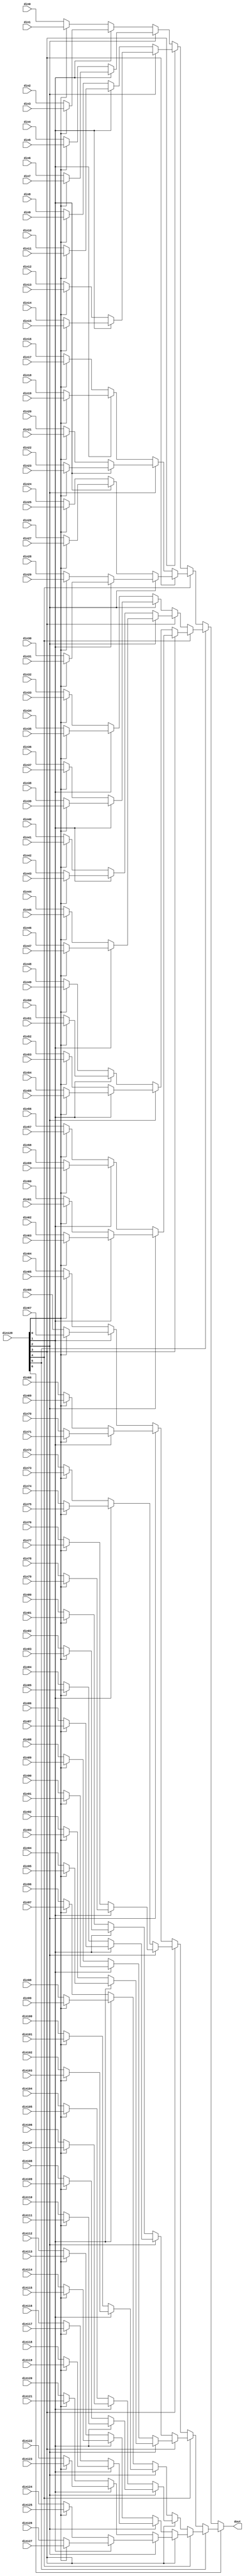
// ==============================================================
// File generated by Vivado(TM) HLS - High-Level Synthesis from C, C++ and SystemC
// Version: 2017.4
// Copyright (C) 1986-2017 Xilinx, Inc. All Rights Reserved.
// 
// ==============================================================


`timescale 1ns/1ps

module mnist_mux_1287_32dEe #(
parameter
    ID                = 0,
    NUM_STAGE         = 1,
    din0_WIDTH       = 32,
    din1_WIDTH       = 32,
    din2_WIDTH       = 32,
    din3_WIDTH       = 32,
    din4_WIDTH       = 32,
    din5_WIDTH       = 32,
    din6_WIDTH       = 32,
    din7_WIDTH       = 32,
    din8_WIDTH       = 32,
    din9_WIDTH       = 32,
    din10_WIDTH       = 32,
    din11_WIDTH       = 32,
    din12_WIDTH       = 32,
    din13_WIDTH       = 32,
    din14_WIDTH       = 32,
    din15_WIDTH       = 32,
    din16_WIDTH       = 32,
    din17_WIDTH       = 32,
    din18_WIDTH       = 32,
    din19_WIDTH       = 32,
    din20_WIDTH       = 32,
    din21_WIDTH       = 32,
    din22_WIDTH       = 32,
    din23_WIDTH       = 32,
    din24_WIDTH       = 32,
    din25_WIDTH       = 32,
    din26_WIDTH       = 32,
    din27_WIDTH       = 32,
    din28_WIDTH       = 32,
    din29_WIDTH       = 32,
    din30_WIDTH       = 32,
    din31_WIDTH       = 32,
    din32_WIDTH       = 32,
    din33_WIDTH       = 32,
    din34_WIDTH       = 32,
    din35_WIDTH       = 32,
    din36_WIDTH       = 32,
    din37_WIDTH       = 32,
    din38_WIDTH       = 32,
    din39_WIDTH       = 32,
    din40_WIDTH       = 32,
    din41_WIDTH       = 32,
    din42_WIDTH       = 32,
    din43_WIDTH       = 32,
    din44_WIDTH       = 32,
    din45_WIDTH       = 32,
    din46_WIDTH       = 32,
    din47_WIDTH       = 32,
    din48_WIDTH       = 32,
    din49_WIDTH       = 32,
    din50_WIDTH       = 32,
    din51_WIDTH       = 32,
    din52_WIDTH       = 32,
    din53_WIDTH       = 32,
    din54_WIDTH       = 32,
    din55_WIDTH       = 32,
    din56_WIDTH       = 32,
    din57_WIDTH       = 32,
    din58_WIDTH       = 32,
    din59_WIDTH       = 32,
    din60_WIDTH       = 32,
    din61_WIDTH       = 32,
    din62_WIDTH       = 32,
    din63_WIDTH       = 32,
    din64_WIDTH       = 32,
    din65_WIDTH       = 32,
    din66_WIDTH       = 32,
    din67_WIDTH       = 32,
    din68_WIDTH       = 32,
    din69_WIDTH       = 32,
    din70_WIDTH       = 32,
    din71_WIDTH       = 32,
    din72_WIDTH       = 32,
    din73_WIDTH       = 32,
    din74_WIDTH       = 32,
    din75_WIDTH       = 32,
    din76_WIDTH       = 32,
    din77_WIDTH       = 32,
    din78_WIDTH       = 32,
    din79_WIDTH       = 32,
    din80_WIDTH       = 32,
    din81_WIDTH       = 32,
    din82_WIDTH       = 32,
    din83_WIDTH       = 32,
    din84_WIDTH       = 32,
    din85_WIDTH       = 32,
    din86_WIDTH       = 32,
    din87_WIDTH       = 32,
    din88_WIDTH       = 32,
    din89_WIDTH       = 32,
    din90_WIDTH       = 32,
    din91_WIDTH       = 32,
    din92_WIDTH       = 32,
    din93_WIDTH       = 32,
    din94_WIDTH       = 32,
    din95_WIDTH       = 32,
    din96_WIDTH       = 32,
    din97_WIDTH       = 32,
    din98_WIDTH       = 32,
    din99_WIDTH       = 32,
    din100_WIDTH       = 32,
    din101_WIDTH       = 32,
    din102_WIDTH       = 32,
    din103_WIDTH       = 32,
    din104_WIDTH       = 32,
    din105_WIDTH       = 32,
    din106_WIDTH       = 32,
    din107_WIDTH       = 32,
    din108_WIDTH       = 32,
    din109_WIDTH       = 32,
    din110_WIDTH       = 32,
    din111_WIDTH       = 32,
    din112_WIDTH       = 32,
    din113_WIDTH       = 32,
    din114_WIDTH       = 32,
    din115_WIDTH       = 32,
    din116_WIDTH       = 32,
    din117_WIDTH       = 32,
    din118_WIDTH       = 32,
    din119_WIDTH       = 32,
    din120_WIDTH       = 32,
    din121_WIDTH       = 32,
    din122_WIDTH       = 32,
    din123_WIDTH       = 32,
    din124_WIDTH       = 32,
    din125_WIDTH       = 32,
    din126_WIDTH       = 32,
    din127_WIDTH       = 32,
    din128_WIDTH         = 32,
    dout_WIDTH            = 32
)(
    input  [31 : 0]     din0,
    input  [31 : 0]     din1,
    input  [31 : 0]     din2,
    input  [31 : 0]     din3,
    input  [31 : 0]     din4,
    input  [31 : 0]     din5,
    input  [31 : 0]     din6,
    input  [31 : 0]     din7,
    input  [31 : 0]     din8,
    input  [31 : 0]     din9,
    input  [31 : 0]     din10,
    input  [31 : 0]     din11,
    input  [31 : 0]     din12,
    input  [31 : 0]     din13,
    input  [31 : 0]     din14,
    input  [31 : 0]     din15,
    input  [31 : 0]     din16,
    input  [31 : 0]     din17,
    input  [31 : 0]     din18,
    input  [31 : 0]     din19,
    input  [31 : 0]     din20,
    input  [31 : 0]     din21,
    input  [31 : 0]     din22,
    input  [31 : 0]     din23,
    input  [31 : 0]     din24,
    input  [31 : 0]     din25,
    input  [31 : 0]     din26,
    input  [31 : 0]     din27,
    input  [31 : 0]     din28,
    input  [31 : 0]     din29,
    input  [31 : 0]     din30,
    input  [31 : 0]     din31,
    input  [31 : 0]     din32,
    input  [31 : 0]     din33,
    input  [31 : 0]     din34,
    input  [31 : 0]     din35,
    input  [31 : 0]     din36,
    input  [31 : 0]     din37,
    input  [31 : 0]     din38,
    input  [31 : 0]     din39,
    input  [31 : 0]     din40,
    input  [31 : 0]     din41,
    input  [31 : 0]     din42,
    input  [31 : 0]     din43,
    input  [31 : 0]     din44,
    input  [31 : 0]     din45,
    input  [31 : 0]     din46,
    input  [31 : 0]     din47,
    input  [31 : 0]     din48,
    input  [31 : 0]     din49,
    input  [31 : 0]     din50,
    input  [31 : 0]     din51,
    input  [31 : 0]     din52,
    input  [31 : 0]     din53,
    input  [31 : 0]     din54,
    input  [31 : 0]     din55,
    input  [31 : 0]     din56,
    input  [31 : 0]     din57,
    input  [31 : 0]     din58,
    input  [31 : 0]     din59,
    input  [31 : 0]     din60,
    input  [31 : 0]     din61,
    input  [31 : 0]     din62,
    input  [31 : 0]     din63,
    input  [31 : 0]     din64,
    input  [31 : 0]     din65,
    input  [31 : 0]     din66,
    input  [31 : 0]     din67,
    input  [31 : 0]     din68,
    input  [31 : 0]     din69,
    input  [31 : 0]     din70,
    input  [31 : 0]     din71,
    input  [31 : 0]     din72,
    input  [31 : 0]     din73,
    input  [31 : 0]     din74,
    input  [31 : 0]     din75,
    input  [31 : 0]     din76,
    input  [31 : 0]     din77,
    input  [31 : 0]     din78,
    input  [31 : 0]     din79,
    input  [31 : 0]     din80,
    input  [31 : 0]     din81,
    input  [31 : 0]     din82,
    input  [31 : 0]     din83,
    input  [31 : 0]     din84,
    input  [31 : 0]     din85,
    input  [31 : 0]     din86,
    input  [31 : 0]     din87,
    input  [31 : 0]     din88,
    input  [31 : 0]     din89,
    input  [31 : 0]     din90,
    input  [31 : 0]     din91,
    input  [31 : 0]     din92,
    input  [31 : 0]     din93,
    input  [31 : 0]     din94,
    input  [31 : 0]     din95,
    input  [31 : 0]     din96,
    input  [31 : 0]     din97,
    input  [31 : 0]     din98,
    input  [31 : 0]     din99,
    input  [31 : 0]     din100,
    input  [31 : 0]     din101,
    input  [31 : 0]     din102,
    input  [31 : 0]     din103,
    input  [31 : 0]     din104,
    input  [31 : 0]     din105,
    input  [31 : 0]     din106,
    input  [31 : 0]     din107,
    input  [31 : 0]     din108,
    input  [31 : 0]     din109,
    input  [31 : 0]     din110,
    input  [31 : 0]     din111,
    input  [31 : 0]     din112,
    input  [31 : 0]     din113,
    input  [31 : 0]     din114,
    input  [31 : 0]     din115,
    input  [31 : 0]     din116,
    input  [31 : 0]     din117,
    input  [31 : 0]     din118,
    input  [31 : 0]     din119,
    input  [31 : 0]     din120,
    input  [31 : 0]     din121,
    input  [31 : 0]     din122,
    input  [31 : 0]     din123,
    input  [31 : 0]     din124,
    input  [31 : 0]     din125,
    input  [31 : 0]     din126,
    input  [31 : 0]     din127,
    input  [6 : 0]    din128,
    output [31 : 0]   dout);

// puts internal signals
wire [6 : 0]     sel;
// level 1 signals
wire [31 : 0]         mux_1_0;
wire [31 : 0]         mux_1_1;
wire [31 : 0]         mux_1_2;
wire [31 : 0]         mux_1_3;
wire [31 : 0]         mux_1_4;
wire [31 : 0]         mux_1_5;
wire [31 : 0]         mux_1_6;
wire [31 : 0]         mux_1_7;
wire [31 : 0]         mux_1_8;
wire [31 : 0]         mux_1_9;
wire [31 : 0]         mux_1_10;
wire [31 : 0]         mux_1_11;
wire [31 : 0]         mux_1_12;
wire [31 : 0]         mux_1_13;
wire [31 : 0]         mux_1_14;
wire [31 : 0]         mux_1_15;
wire [31 : 0]         mux_1_16;
wire [31 : 0]         mux_1_17;
wire [31 : 0]         mux_1_18;
wire [31 : 0]         mux_1_19;
wire [31 : 0]         mux_1_20;
wire [31 : 0]         mux_1_21;
wire [31 : 0]         mux_1_22;
wire [31 : 0]         mux_1_23;
wire [31 : 0]         mux_1_24;
wire [31 : 0]         mux_1_25;
wire [31 : 0]         mux_1_26;
wire [31 : 0]         mux_1_27;
wire [31 : 0]         mux_1_28;
wire [31 : 0]         mux_1_29;
wire [31 : 0]         mux_1_30;
wire [31 : 0]         mux_1_31;
wire [31 : 0]         mux_1_32;
wire [31 : 0]         mux_1_33;
wire [31 : 0]         mux_1_34;
wire [31 : 0]         mux_1_35;
wire [31 : 0]         mux_1_36;
wire [31 : 0]         mux_1_37;
wire [31 : 0]         mux_1_38;
wire [31 : 0]         mux_1_39;
wire [31 : 0]         mux_1_40;
wire [31 : 0]         mux_1_41;
wire [31 : 0]         mux_1_42;
wire [31 : 0]         mux_1_43;
wire [31 : 0]         mux_1_44;
wire [31 : 0]         mux_1_45;
wire [31 : 0]         mux_1_46;
wire [31 : 0]         mux_1_47;
wire [31 : 0]         mux_1_48;
wire [31 : 0]         mux_1_49;
wire [31 : 0]         mux_1_50;
wire [31 : 0]         mux_1_51;
wire [31 : 0]         mux_1_52;
wire [31 : 0]         mux_1_53;
wire [31 : 0]         mux_1_54;
wire [31 : 0]         mux_1_55;
wire [31 : 0]         mux_1_56;
wire [31 : 0]         mux_1_57;
wire [31 : 0]         mux_1_58;
wire [31 : 0]         mux_1_59;
wire [31 : 0]         mux_1_60;
wire [31 : 0]         mux_1_61;
wire [31 : 0]         mux_1_62;
wire [31 : 0]         mux_1_63;
// level 2 signals
wire [31 : 0]         mux_2_0;
wire [31 : 0]         mux_2_1;
wire [31 : 0]         mux_2_2;
wire [31 : 0]         mux_2_3;
wire [31 : 0]         mux_2_4;
wire [31 : 0]         mux_2_5;
wire [31 : 0]         mux_2_6;
wire [31 : 0]         mux_2_7;
wire [31 : 0]         mux_2_8;
wire [31 : 0]         mux_2_9;
wire [31 : 0]         mux_2_10;
wire [31 : 0]         mux_2_11;
wire [31 : 0]         mux_2_12;
wire [31 : 0]         mux_2_13;
wire [31 : 0]         mux_2_14;
wire [31 : 0]         mux_2_15;
wire [31 : 0]         mux_2_16;
wire [31 : 0]         mux_2_17;
wire [31 : 0]         mux_2_18;
wire [31 : 0]         mux_2_19;
wire [31 : 0]         mux_2_20;
wire [31 : 0]         mux_2_21;
wire [31 : 0]         mux_2_22;
wire [31 : 0]         mux_2_23;
wire [31 : 0]         mux_2_24;
wire [31 : 0]         mux_2_25;
wire [31 : 0]         mux_2_26;
wire [31 : 0]         mux_2_27;
wire [31 : 0]         mux_2_28;
wire [31 : 0]         mux_2_29;
wire [31 : 0]         mux_2_30;
wire [31 : 0]         mux_2_31;
// level 3 signals
wire [31 : 0]         mux_3_0;
wire [31 : 0]         mux_3_1;
wire [31 : 0]         mux_3_2;
wire [31 : 0]         mux_3_3;
wire [31 : 0]         mux_3_4;
wire [31 : 0]         mux_3_5;
wire [31 : 0]         mux_3_6;
wire [31 : 0]         mux_3_7;
wire [31 : 0]         mux_3_8;
wire [31 : 0]         mux_3_9;
wire [31 : 0]         mux_3_10;
wire [31 : 0]         mux_3_11;
wire [31 : 0]         mux_3_12;
wire [31 : 0]         mux_3_13;
wire [31 : 0]         mux_3_14;
wire [31 : 0]         mux_3_15;
// level 4 signals
wire [31 : 0]         mux_4_0;
wire [31 : 0]         mux_4_1;
wire [31 : 0]         mux_4_2;
wire [31 : 0]         mux_4_3;
wire [31 : 0]         mux_4_4;
wire [31 : 0]         mux_4_5;
wire [31 : 0]         mux_4_6;
wire [31 : 0]         mux_4_7;
// level 5 signals
wire [31 : 0]         mux_5_0;
wire [31 : 0]         mux_5_1;
wire [31 : 0]         mux_5_2;
wire [31 : 0]         mux_5_3;
// level 6 signals
wire [31 : 0]         mux_6_0;
wire [31 : 0]         mux_6_1;
// level 7 signals
wire [31 : 0]         mux_7_0;

assign sel = din128;

// Generate level 1 logic
assign mux_1_0 = (sel[0] == 0)? din0 : din1;
assign mux_1_1 = (sel[0] == 0)? din2 : din3;
assign mux_1_2 = (sel[0] == 0)? din4 : din5;
assign mux_1_3 = (sel[0] == 0)? din6 : din7;
assign mux_1_4 = (sel[0] == 0)? din8 : din9;
assign mux_1_5 = (sel[0] == 0)? din10 : din11;
assign mux_1_6 = (sel[0] == 0)? din12 : din13;
assign mux_1_7 = (sel[0] == 0)? din14 : din15;
assign mux_1_8 = (sel[0] == 0)? din16 : din17;
assign mux_1_9 = (sel[0] == 0)? din18 : din19;
assign mux_1_10 = (sel[0] == 0)? din20 : din21;
assign mux_1_11 = (sel[0] == 0)? din22 : din23;
assign mux_1_12 = (sel[0] == 0)? din24 : din25;
assign mux_1_13 = (sel[0] == 0)? din26 : din27;
assign mux_1_14 = (sel[0] == 0)? din28 : din29;
assign mux_1_15 = (sel[0] == 0)? din30 : din31;
assign mux_1_16 = (sel[0] == 0)? din32 : din33;
assign mux_1_17 = (sel[0] == 0)? din34 : din35;
assign mux_1_18 = (sel[0] == 0)? din36 : din37;
assign mux_1_19 = (sel[0] == 0)? din38 : din39;
assign mux_1_20 = (sel[0] == 0)? din40 : din41;
assign mux_1_21 = (sel[0] == 0)? din42 : din43;
assign mux_1_22 = (sel[0] == 0)? din44 : din45;
assign mux_1_23 = (sel[0] == 0)? din46 : din47;
assign mux_1_24 = (sel[0] == 0)? din48 : din49;
assign mux_1_25 = (sel[0] == 0)? din50 : din51;
assign mux_1_26 = (sel[0] == 0)? din52 : din53;
assign mux_1_27 = (sel[0] == 0)? din54 : din55;
assign mux_1_28 = (sel[0] == 0)? din56 : din57;
assign mux_1_29 = (sel[0] == 0)? din58 : din59;
assign mux_1_30 = (sel[0] == 0)? din60 : din61;
assign mux_1_31 = (sel[0] == 0)? din62 : din63;
assign mux_1_32 = (sel[0] == 0)? din64 : din65;
assign mux_1_33 = (sel[0] == 0)? din66 : din67;
assign mux_1_34 = (sel[0] == 0)? din68 : din69;
assign mux_1_35 = (sel[0] == 0)? din70 : din71;
assign mux_1_36 = (sel[0] == 0)? din72 : din73;
assign mux_1_37 = (sel[0] == 0)? din74 : din75;
assign mux_1_38 = (sel[0] == 0)? din76 : din77;
assign mux_1_39 = (sel[0] == 0)? din78 : din79;
assign mux_1_40 = (sel[0] == 0)? din80 : din81;
assign mux_1_41 = (sel[0] == 0)? din82 : din83;
assign mux_1_42 = (sel[0] == 0)? din84 : din85;
assign mux_1_43 = (sel[0] == 0)? din86 : din87;
assign mux_1_44 = (sel[0] == 0)? din88 : din89;
assign mux_1_45 = (sel[0] == 0)? din90 : din91;
assign mux_1_46 = (sel[0] == 0)? din92 : din93;
assign mux_1_47 = (sel[0] == 0)? din94 : din95;
assign mux_1_48 = (sel[0] == 0)? din96 : din97;
assign mux_1_49 = (sel[0] == 0)? din98 : din99;
assign mux_1_50 = (sel[0] == 0)? din100 : din101;
assign mux_1_51 = (sel[0] == 0)? din102 : din103;
assign mux_1_52 = (sel[0] == 0)? din104 : din105;
assign mux_1_53 = (sel[0] == 0)? din106 : din107;
assign mux_1_54 = (sel[0] == 0)? din108 : din109;
assign mux_1_55 = (sel[0] == 0)? din110 : din111;
assign mux_1_56 = (sel[0] == 0)? din112 : din113;
assign mux_1_57 = (sel[0] == 0)? din114 : din115;
assign mux_1_58 = (sel[0] == 0)? din116 : din117;
assign mux_1_59 = (sel[0] == 0)? din118 : din119;
assign mux_1_60 = (sel[0] == 0)? din120 : din121;
assign mux_1_61 = (sel[0] == 0)? din122 : din123;
assign mux_1_62 = (sel[0] == 0)? din124 : din125;
assign mux_1_63 = (sel[0] == 0)? din126 : din127;

// Generate level 2 logic
assign mux_2_0 = (sel[1] == 0)? mux_1_0 : mux_1_1;
assign mux_2_1 = (sel[1] == 0)? mux_1_2 : mux_1_3;
assign mux_2_2 = (sel[1] == 0)? mux_1_4 : mux_1_5;
assign mux_2_3 = (sel[1] == 0)? mux_1_6 : mux_1_7;
assign mux_2_4 = (sel[1] == 0)? mux_1_8 : mux_1_9;
assign mux_2_5 = (sel[1] == 0)? mux_1_10 : mux_1_11;
assign mux_2_6 = (sel[1] == 0)? mux_1_12 : mux_1_13;
assign mux_2_7 = (sel[1] == 0)? mux_1_14 : mux_1_15;
assign mux_2_8 = (sel[1] == 0)? mux_1_16 : mux_1_17;
assign mux_2_9 = (sel[1] == 0)? mux_1_18 : mux_1_19;
assign mux_2_10 = (sel[1] == 0)? mux_1_20 : mux_1_21;
assign mux_2_11 = (sel[1] == 0)? mux_1_22 : mux_1_23;
assign mux_2_12 = (sel[1] == 0)? mux_1_24 : mux_1_25;
assign mux_2_13 = (sel[1] == 0)? mux_1_26 : mux_1_27;
assign mux_2_14 = (sel[1] == 0)? mux_1_28 : mux_1_29;
assign mux_2_15 = (sel[1] == 0)? mux_1_30 : mux_1_31;
assign mux_2_16 = (sel[1] == 0)? mux_1_32 : mux_1_33;
assign mux_2_17 = (sel[1] == 0)? mux_1_34 : mux_1_35;
assign mux_2_18 = (sel[1] == 0)? mux_1_36 : mux_1_37;
assign mux_2_19 = (sel[1] == 0)? mux_1_38 : mux_1_39;
assign mux_2_20 = (sel[1] == 0)? mux_1_40 : mux_1_41;
assign mux_2_21 = (sel[1] == 0)? mux_1_42 : mux_1_43;
assign mux_2_22 = (sel[1] == 0)? mux_1_44 : mux_1_45;
assign mux_2_23 = (sel[1] == 0)? mux_1_46 : mux_1_47;
assign mux_2_24 = (sel[1] == 0)? mux_1_48 : mux_1_49;
assign mux_2_25 = (sel[1] == 0)? mux_1_50 : mux_1_51;
assign mux_2_26 = (sel[1] == 0)? mux_1_52 : mux_1_53;
assign mux_2_27 = (sel[1] == 0)? mux_1_54 : mux_1_55;
assign mux_2_28 = (sel[1] == 0)? mux_1_56 : mux_1_57;
assign mux_2_29 = (sel[1] == 0)? mux_1_58 : mux_1_59;
assign mux_2_30 = (sel[1] == 0)? mux_1_60 : mux_1_61;
assign mux_2_31 = (sel[1] == 0)? mux_1_62 : mux_1_63;

// Generate level 3 logic
assign mux_3_0 = (sel[2] == 0)? mux_2_0 : mux_2_1;
assign mux_3_1 = (sel[2] == 0)? mux_2_2 : mux_2_3;
assign mux_3_2 = (sel[2] == 0)? mux_2_4 : mux_2_5;
assign mux_3_3 = (sel[2] == 0)? mux_2_6 : mux_2_7;
assign mux_3_4 = (sel[2] == 0)? mux_2_8 : mux_2_9;
assign mux_3_5 = (sel[2] == 0)? mux_2_10 : mux_2_11;
assign mux_3_6 = (sel[2] == 0)? mux_2_12 : mux_2_13;
assign mux_3_7 = (sel[2] == 0)? mux_2_14 : mux_2_15;
assign mux_3_8 = (sel[2] == 0)? mux_2_16 : mux_2_17;
assign mux_3_9 = (sel[2] == 0)? mux_2_18 : mux_2_19;
assign mux_3_10 = (sel[2] == 0)? mux_2_20 : mux_2_21;
assign mux_3_11 = (sel[2] == 0)? mux_2_22 : mux_2_23;
assign mux_3_12 = (sel[2] == 0)? mux_2_24 : mux_2_25;
assign mux_3_13 = (sel[2] == 0)? mux_2_26 : mux_2_27;
assign mux_3_14 = (sel[2] == 0)? mux_2_28 : mux_2_29;
assign mux_3_15 = (sel[2] == 0)? mux_2_30 : mux_2_31;

// Generate level 4 logic
assign mux_4_0 = (sel[3] == 0)? mux_3_0 : mux_3_1;
assign mux_4_1 = (sel[3] == 0)? mux_3_2 : mux_3_3;
assign mux_4_2 = (sel[3] == 0)? mux_3_4 : mux_3_5;
assign mux_4_3 = (sel[3] == 0)? mux_3_6 : mux_3_7;
assign mux_4_4 = (sel[3] == 0)? mux_3_8 : mux_3_9;
assign mux_4_5 = (sel[3] == 0)? mux_3_10 : mux_3_11;
assign mux_4_6 = (sel[3] == 0)? mux_3_12 : mux_3_13;
assign mux_4_7 = (sel[3] == 0)? mux_3_14 : mux_3_15;

// Generate level 5 logic
assign mux_5_0 = (sel[4] == 0)? mux_4_0 : mux_4_1;
assign mux_5_1 = (sel[4] == 0)? mux_4_2 : mux_4_3;
assign mux_5_2 = (sel[4] == 0)? mux_4_4 : mux_4_5;
assign mux_5_3 = (sel[4] == 0)? mux_4_6 : mux_4_7;

// Generate level 6 logic
assign mux_6_0 = (sel[5] == 0)? mux_5_0 : mux_5_1;
assign mux_6_1 = (sel[5] == 0)? mux_5_2 : mux_5_3;

// Generate level 7 logic
assign mux_7_0 = (sel[6] == 0)? mux_6_0 : mux_6_1;

// output logic
assign dout = mux_7_0;

endmodule